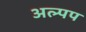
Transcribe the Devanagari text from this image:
अल्पप